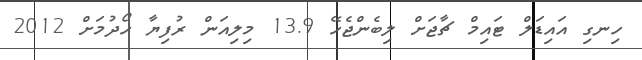
ހިނގި އައިޑަލް ޓައިމް ޗާޖަށް ލިބެންޖެހޭ 13.9 މިލިއަން ރުފިޔާ ހޯދުމަށް 2012